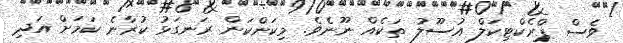
ވެސް ޕްރެކްޓިކަލް އުސޫލު ތަކެއް ނޫނެވެ. މިކަންކަން ރަނގަޅު ކުރާނެ ކަމަށް އަދި